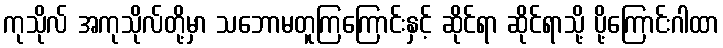
ကုသိုလ် အကုသိုလ်တို့မှာ သဘောမတူကြကြောင်းနှင့် ဆိုင်ရာ ဆိုင်ရာသို့ ပို့ကြောင်းဂါထာ